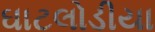
ઘાટલોડીયા